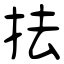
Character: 抾